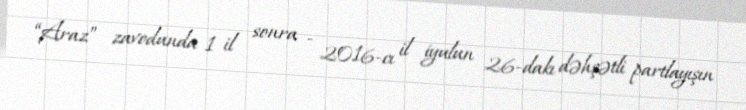
“Araz” zavodunda 1 il sonra - 2016-cı il iyulun 26-dakı dəhşətli partlayışın